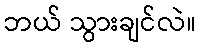
ဘယ် သွားချင်လဲ။